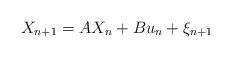
LaTeX: \begin{align*}X_{n+1} = AX_{n} + Bu_n + \xi_{n+1}\end{align*}